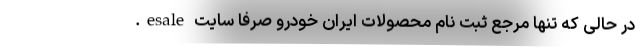
در حالی که تنها مرجع ثبت نام محصولات ایران خودرو صرفا سایت esale.